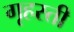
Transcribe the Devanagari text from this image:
गृहस्ती